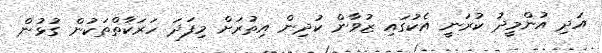
އަދި އުންމީދު ކުރަނީ އެކުގައި ޒުވާން ކުދިން އިތުރަށް މިފަދަ ހަރަކާތްތަކުން ގުޅުން